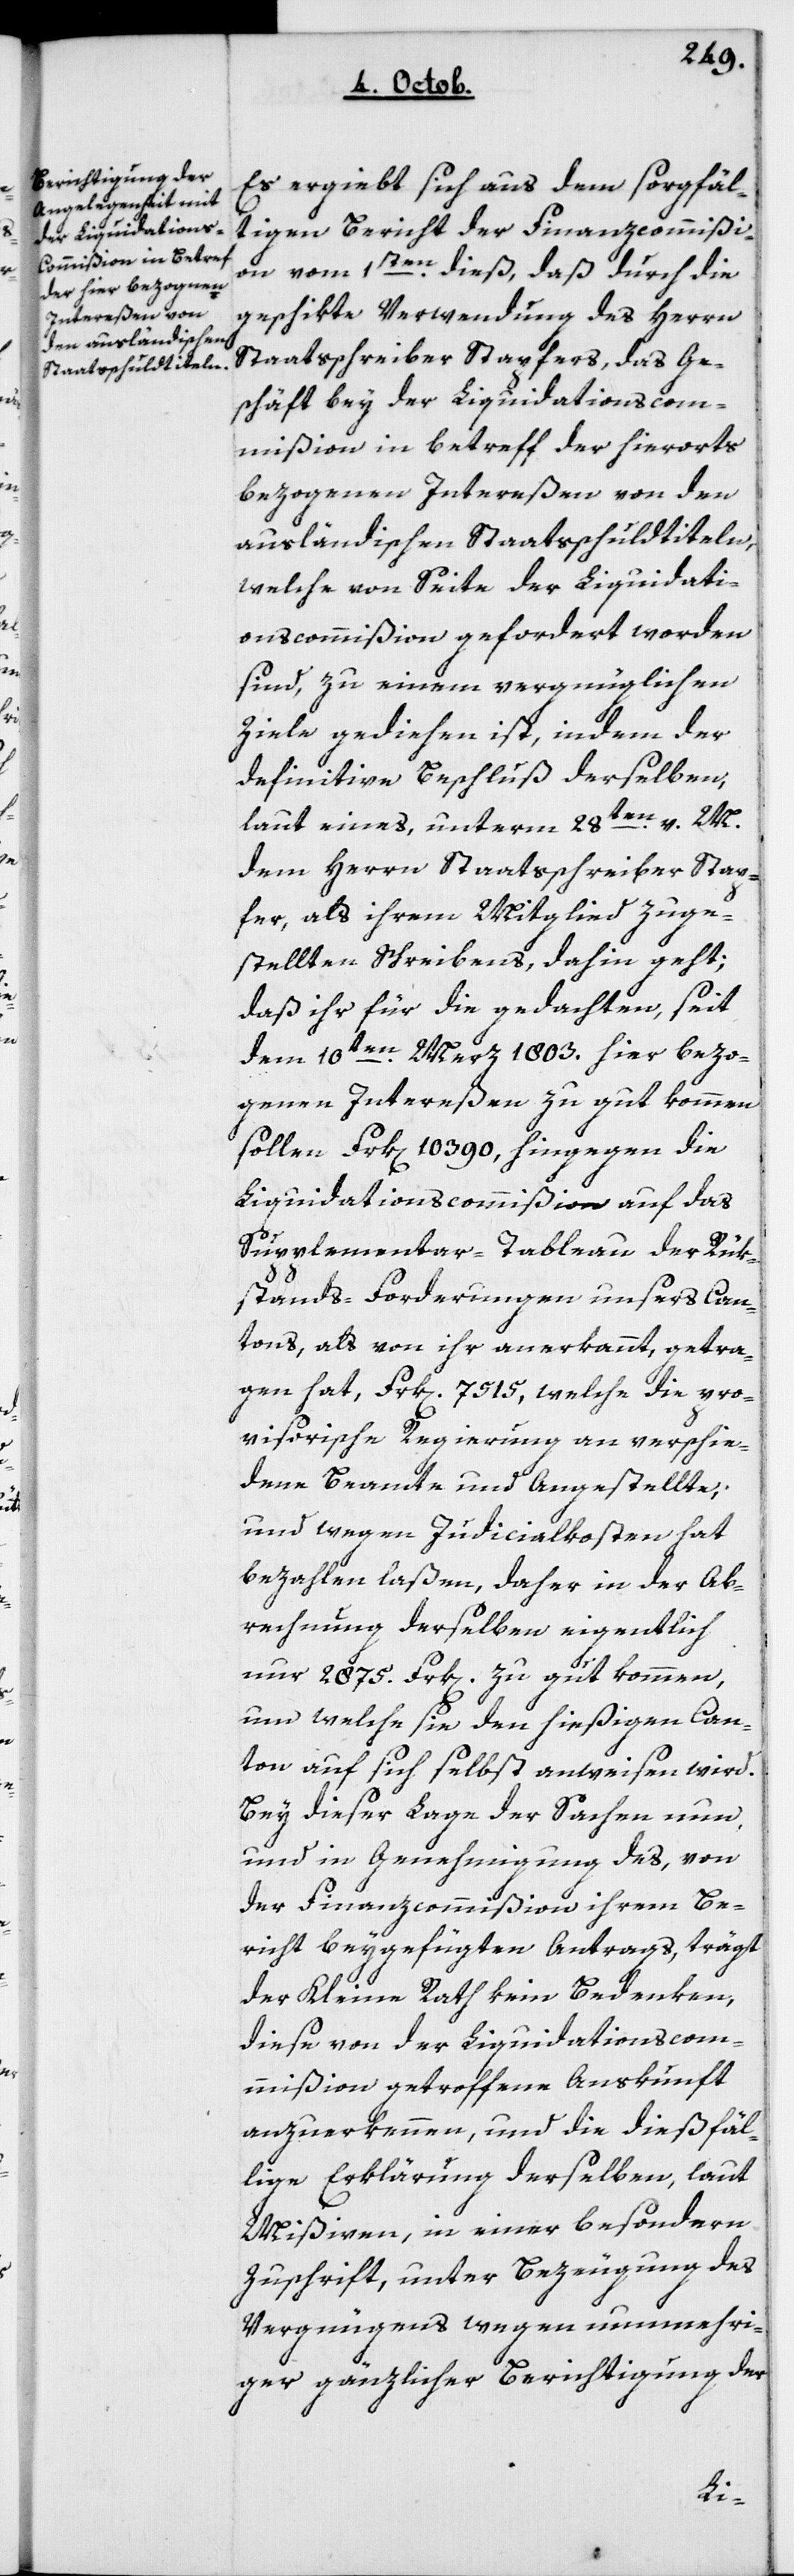
Es ergiebt sich aus dem sorgfäl¬
tigen Bericht der Finanzcommißio¬
n vom 1ten dieß, daß durch die
geschikte Verwendung des Herrn
Staatsschreiber Stapfers, das Ge¬
schäft bey der Liquidations-Com¬
mißion in Betreff der hierorts
bezogenen Intereßen von den
ausländischen Staatßchuldtiteln,
welche von Seite der Liquidati¬
onscommißion gefordert worden
sind, zu einem vergnüglichen
Ziele gediehen ist, indem der
definitive Beschluß derselben,
laut eines, unterm 28ten v. M.
dem Herrn Staatsschreiber Stap¬
fer, als ihrem Mitglied zuge¬
stellten Schreibens, dahin geht,
daß ihr für die gedachten, seit
dem 10ten Merz 1803 hier bezo¬
genen Intereßen zu gut kommen
sollen Frk[en] 10'390, hingegen die
Liquidationscommißion auf das
Supplementar-Tableau der Rük¬
stands-Forderungen unsers Can¬
tons, als von ihr anerkannt, getra¬
gen hat, Frk[en] 7'515, welche die pro¬
visorische Regierung an verschie¬
dene Beamte und Angestellte,
und wegen Judicialkosten hat
bezahlen laßen, daher in der Ab¬
rechnung derselben eigentlich
nur 2'875 Frk[en] zu gut kommen,
um welche sie den hießigen Can¬
ton auf sich selbst anweisen wird.
Bey dieser Lage der Sachen nun,
und in Genehmigung des, von
der Finanzcommißion ihrem Be¬
richt beygefügten Antrags, trägt
der Kleine Rath kein Bedenken,
diese von der Liquidations-Com¬
mißion getroffene Auskunft
anzuerkennen, und die dießfäl¬
lige Erklärung derselben, laut
Mißiven, in einer besondern
Zuschrift, unter Bezeugung des
Vergnügens wegen nunmehri¬
ger gänzlicher Berichtigung der